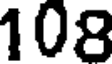
108